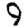
Digit: 9